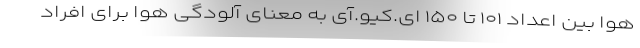
هوا بین اعداد ۱۰۱ تا ۱۵۰ ای.کیو.آی به معنای آلودگی هوا برای افراد